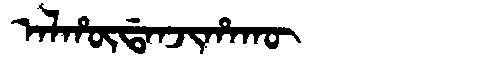
Manchu: ᠠᠯᡥᡡᡩᠠᠨᠵᡳᡥᠠᡴᡡ
Romanization: ALHŪDANJIHAKŪ